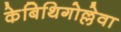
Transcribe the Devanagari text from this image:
केबिथिगोल्लेवा